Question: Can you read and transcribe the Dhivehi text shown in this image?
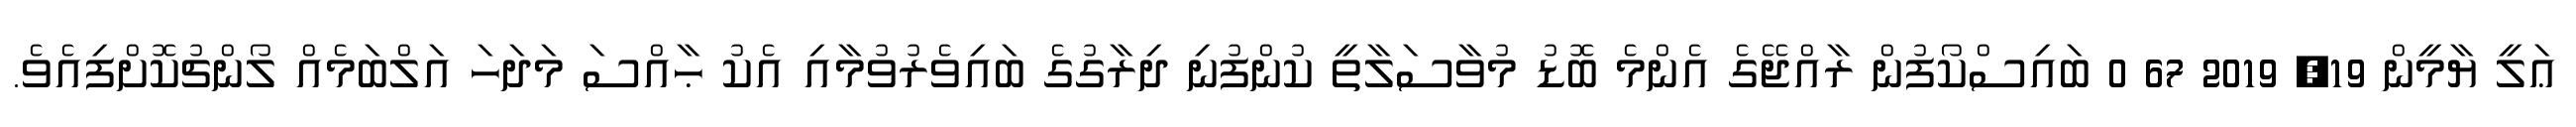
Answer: ޢަލީ ޔާމީން 19, 2019 67 0 ބައިސްކޯފުން ރާއްޖޭގެ އެންމެ ބޮޑު މުވާސަލާތީ ކުންފުނި ދިރާގުގެ ބައިވެރުވުމާއި އެކު ޙާއްސަ މަދަހަ އަލްބަމެއް ލޯންޗުކޮށްފިއެވެ.